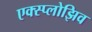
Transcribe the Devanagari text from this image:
एक्स्प्लोझिव